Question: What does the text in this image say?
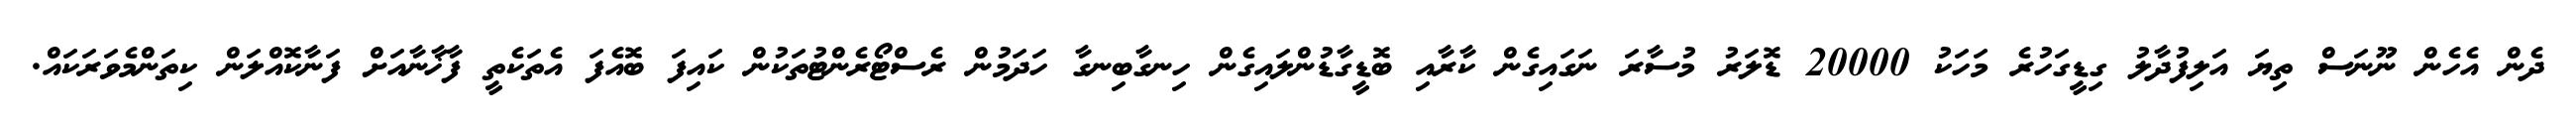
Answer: ދެން އެހެން ނޫނަސް ތިޔަ އަލިފުދާލު ގިޑީގަހުރެ މަހަކު 20000 ޑޮލަރު މުސާރަ ނަގައިގެން ކާރާއި ބޮޑީގާޑުންލައިގެން ހިނގާބިނގާ ހަދަމުން ރެސްޓޯރެންޓުތަކުން ކައިފަ ބޮއެފަ އެތަކެތީ ފާޚާނާއަށް ފަނާކޮއްލަން ކިތަންމެވަރަކައް.